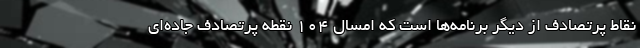
نقاط پرتصادف از دیگر برنامه‌ها است که امسال ۱۰۴ نقطه پرتصادف جاده‌ای